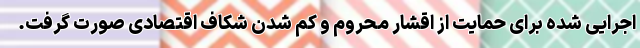
اجرایی شده برای حمایت از اقشار محروم و کم شدن شکاف اقتصادی صورت گرفت.